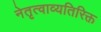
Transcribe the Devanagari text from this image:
नेतृत्वाव्यतिरिक्त